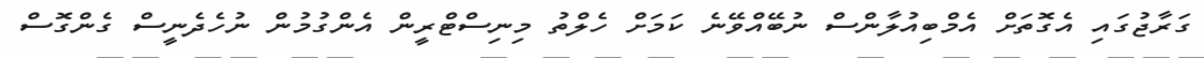
ގަރާޖުގައި އެގޮތަށް އެމްބިއުލާންސް ނުބޭއްވޭނެ ކަމަށް ހެލްތު މިނިސްޓްރީން އެންގުުމުން ނުހެދެނީސް ގެންގޮސް